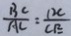
\frac { B C } { A C } = \frac { D C } { C E }